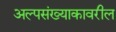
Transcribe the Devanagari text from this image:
अल्पसंख्याकावरील